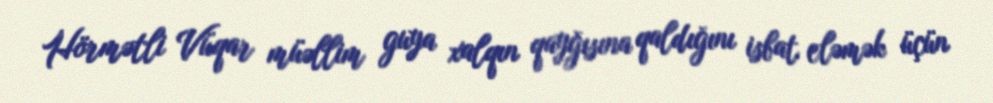
Hörmətli Vüqar müəllim guya xalqın qayğısına qaldığını isbat eləmək üçün